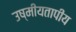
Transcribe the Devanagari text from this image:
उष्मीयतापीय